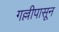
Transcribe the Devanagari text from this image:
गल्लीपासून